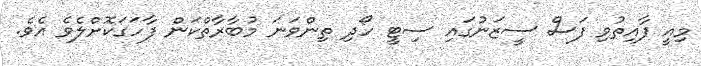
މިއީ ފާއިތުވި ފަސް ސީޒަނުގައި ސިޓީ ހޯދި ތިންވަނަ މުބާރާތްކަން ފާހަގަކޮށްލެވެ އެވެ.